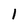
Character: 1